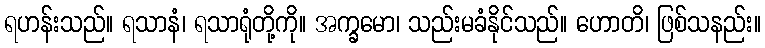
ရဟန်းသည်။ ရသာနံ၊ ရသာရုံတို့ကို။ အက္ခမော၊ သည်းမခံနိုင်သည်။ ဟောတိ၊ ဖြစ်သနည်း။